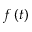
f \left( t \right)